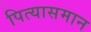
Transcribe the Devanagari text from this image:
पित्यासमान